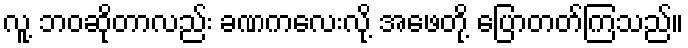
လူ့ ဘဝဆိုတာလည်း ခဏကလေးလို့ အဖေတို့ ပြောတတ်ကြသည်။